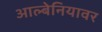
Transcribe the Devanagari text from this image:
आल्बेनियावर